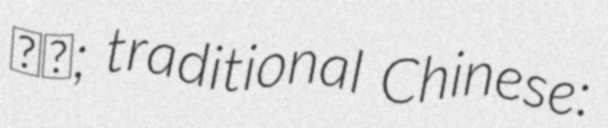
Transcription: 迁安; traditional Chinese: